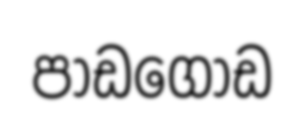
පාඩගොඩ